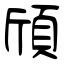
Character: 頎